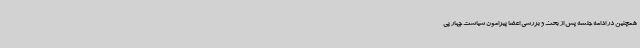
همچنین در ادامه جلسه پس از بحث و بررسی اعضا پیرامون سیاست چهار پی